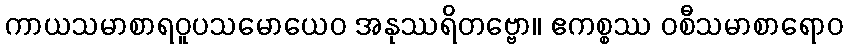
ကာယသမာစာရဝူပသမောယေဝ အနုဿရိတဗ္ဗော။ ဧကစ္စဿ ဝစီသမာစာရောဝ